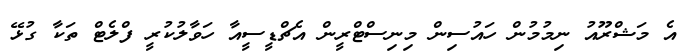
އެ މަޝްރޫއު ނިމުމުން ހައުސިން މިނިސްޓްރީން އެޗްޑީސީއާ ހަވާލުކުރީ ފްލެޓް ތަކާ ގުޅޭ